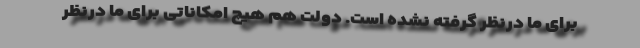
برای ما درنظر گرفته نشده است. دولت هم هیچ امکاناتی برای ما درنظر